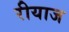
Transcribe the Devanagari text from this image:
रीयाज